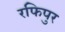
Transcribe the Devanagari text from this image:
रफिपुर